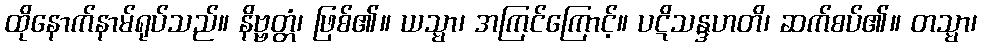
ထိုနောက်နာမ်ရုပ်သည်။ နိဗ္ဗတ္တံ၊ ဖြစ်၏။ ယသ္မာ၊ အကြင်ကြောင့်။ ပဋိသန္ဒဟတိ၊ ဆက်စပ်၏။ တသ္မာ၊